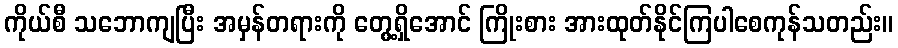
ကိုယ်စီ သဘောကျပြီး အမှန်တရားကို တွေ့ရှိအောင် ကြိုးစား အားထုတ်နိုင်ကြပါစေကုန်သတည်း။